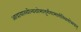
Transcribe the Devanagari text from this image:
आदायास्थीन्यथोमातुर्गंगामार्गस्थितोभवत्